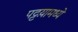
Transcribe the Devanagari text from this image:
पट्टय़ामध्ये